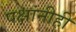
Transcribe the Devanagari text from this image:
पक्षांनीही